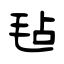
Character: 毡